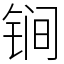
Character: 锏